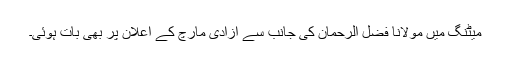
میٹنگ میں مولانا فضل الرحمان کی جانب سے آزادی مارچ کے اعلان پر بھی بات ہوئی۔